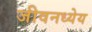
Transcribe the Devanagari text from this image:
जीवनध्येय